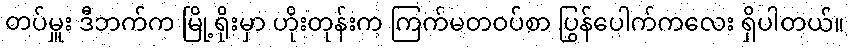
တပ်မှူး ဒီဘက်က မြို့ရိုးမှာ ဟိုးတုန်းက ကြက်မတဝပ်စာ ပြွန်ပေါက်ကလေး ရှိပါတယ်။